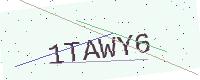
Text: 1TAWY6